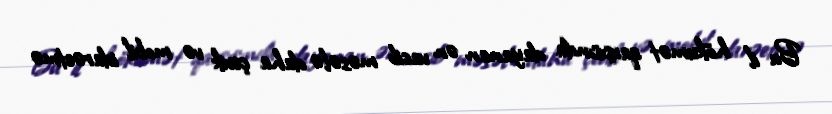
Bu il hökumət qarşısında dayanan ən vacib məsələ daha çevik və mobil idarəetmə